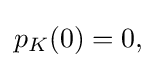
{\textstyle p_{K}(0)=0,}